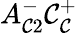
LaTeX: A_{\mathcal{C}2}^{-}\mathcal{C}_{\mathcal{C}}^{+}